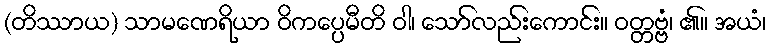
(တိဿာယ) သာမဏေရိယာ ဝိကပ္ပေမီတိ ဝါ၊ သော်လည်းကောင်း။ ဝတ္တဗ္ဗံ၊ ၏။ အယံ၊